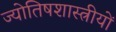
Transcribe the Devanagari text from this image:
ज्योतिषशास्त्रीयों